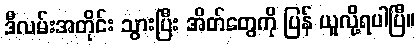
ဒီလမ်းအတိုင်း သွားပြီး အိတ်တွေကို ပြန် ယူလို့ရပါပြီ။